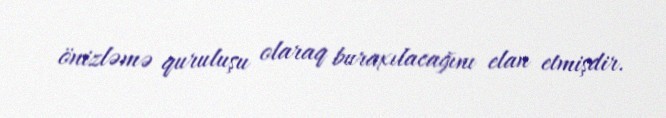
önizləmə quruluşu olaraq buraxılacağını elan etmişdir.